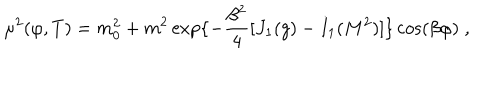
LaTeX: \mu ^ { 2 } ( \varphi , T ) = m _ { 0 } ^ { 2 } + m ^ { 2 } \exp \{ - { \frac { \beta ^ { 2 } } { 4 } } [ J _ { 1 } ( g ) - I _ { 1 } ( M ^ { 2 } ) ] \} \cos ( \beta \varphi ) \; ,